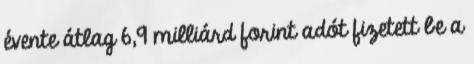
évente átlag 6,9 milliárd forint adót fizetett be a